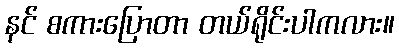
နင် စကားပြောတာ တယ်ရိုင်းပါကလား။